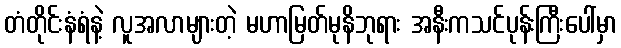
တံတိုင်းနံရံနဲ့ လူအလာများတဲ့ မဟာမြတ်မုနိဘုရား အနီးကသင်ပုန်းကြီးပေါ်မှာ